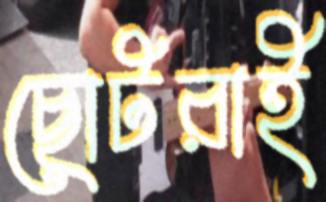
ছোটরাই